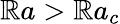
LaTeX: {\mathbb{R}a>\mathbb{R}a_{c}}